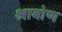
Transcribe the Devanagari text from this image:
श्राबोण